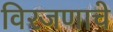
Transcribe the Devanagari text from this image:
विरजणाचे